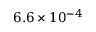
6 . 6 \times 1 0 ^ { - 4 }